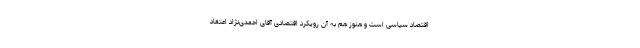
اقتصاد سیاسی است و هنوز هم به آن رویکرد اقتصادی آقای احمدی‌نژاد اعتقاد